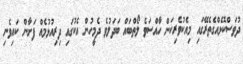
ދުވަސްކޮޅެއްގެތެރޭގައި މިއެކުވެރިކަން ހާއްސަވެ ލޯތްބައް ބަދަލުވެ ދެމީހުން އެކުގައި ދިރިއުޅުމެއް ފަށާން ކައިވެނި